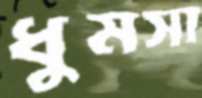
ধুমসা